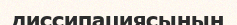
диссипациясының